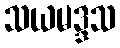
သယမဒ္ဒသ